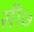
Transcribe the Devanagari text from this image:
सी७